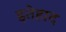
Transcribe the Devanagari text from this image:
इतेहाद